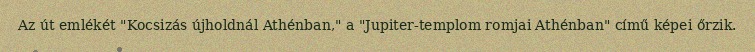
Az út emlékét "Kocsizás újholdnál Athénban," a "Jupiter-templom romjai Athénban" című képei őrzik.